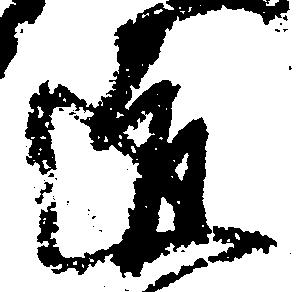
道